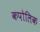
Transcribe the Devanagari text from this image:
कपोलिक